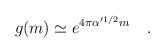
LaTeX: \begin{align*}g(m) \simeq e^{4 \pi \alpha^{\prime 1/2} m } \quad .\end{align*}